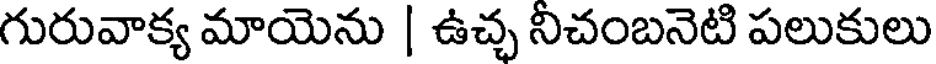
గురువాక్య మాయెను | ఉచ్చ నిచంబనెటి పలుకులు